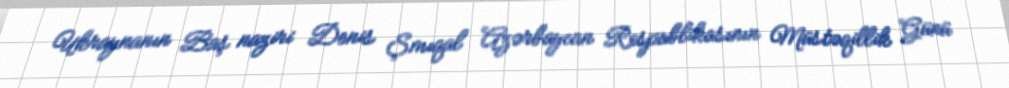
Ukraynanın Baş naziri Denis Şmıqal Azərbaycan Respublikasının Müstəqillik Günü